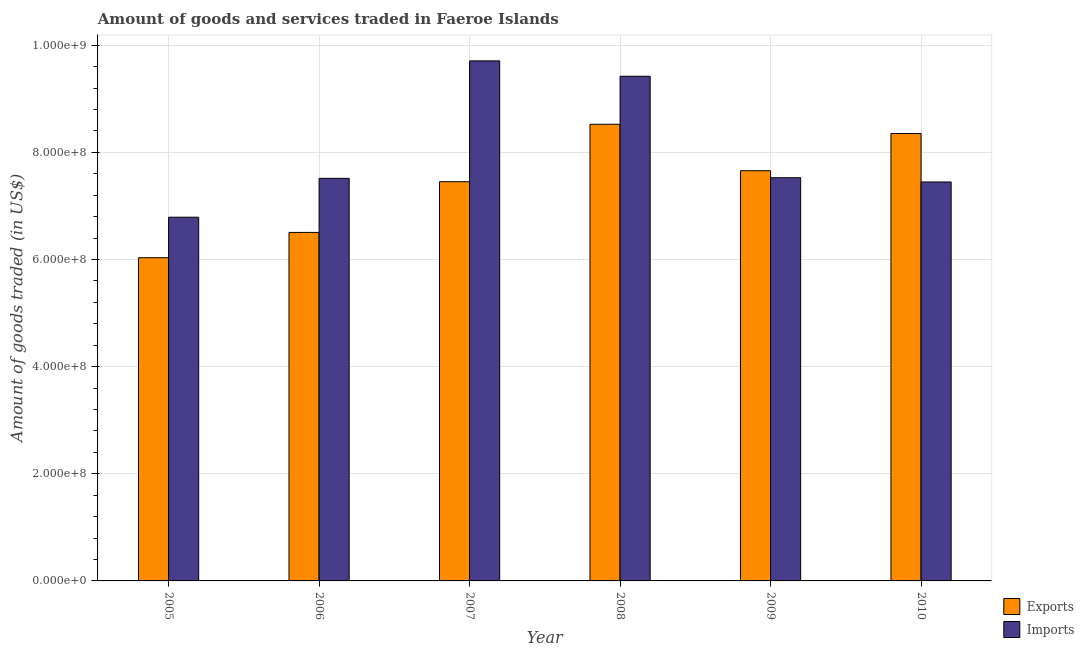
| Year | Exports | Imports |
 | --- | --- | --- |
 | 2005 | 6.03e+08 | 6.79e+08 |
 | 2006 | 6.51e+08 | 7.51e+08 |
 | 2007 | 7.45e+08 | 9.71e+08 |
 | 2008 | 8.52e+08 | 9.42e+08 |
 | 2009 | 7.66e+08 | 7.53e+08 |
 | 2010 | 8.35e+08 | 7.45e+08 |